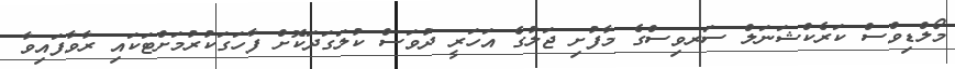
މޯލްޑިވްސް ކަރެކްޝަނަލް ސަރވިސްގެ މާފުށި ޖަލުގެ އަހަރީ ދުވަސް ކުލަގަދަކޮށް ފާހަގަކުރުމަށްޓަކައި ރާވާފައިވާ